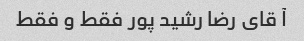
آ قای رضا رشید پور فقط و فقط